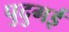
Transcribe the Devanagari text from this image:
पुदुगई